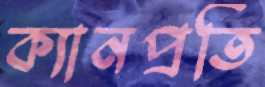
ক্যানপ্রতি